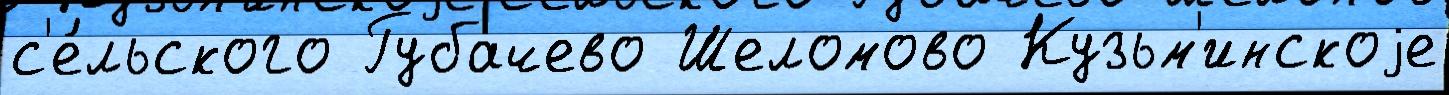
с'е́льского Губачево Шеломово Кузьм'инскоjе